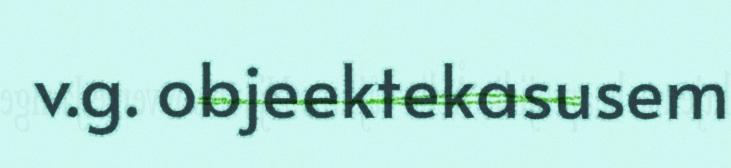
v.g. objeektekasusem